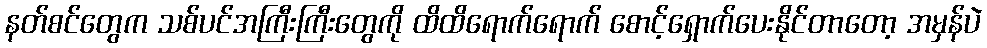
နတ်စင်တွေက သစ်ပင်အကြီးကြီးတွေကို ထိထိရောက်ရောက် စောင့်ရှောက်ပေးနိုင်တာတော့ အမှန်ပဲ